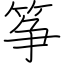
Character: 筝